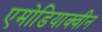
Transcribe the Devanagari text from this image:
एमोडियाक्वीन